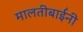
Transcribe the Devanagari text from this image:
मालतीबाईंनी